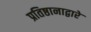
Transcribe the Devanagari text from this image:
प्रतिष्ठानाद्वारे